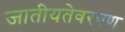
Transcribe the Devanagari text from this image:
जातीयतेवरपण